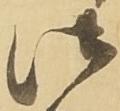
御